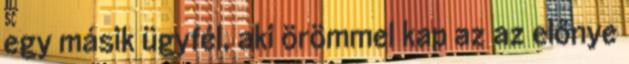
egy másik ügyfél, aki örömmel kap az az előnye